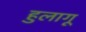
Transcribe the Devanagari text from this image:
हुलागू